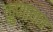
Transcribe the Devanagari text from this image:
कुणाचाच